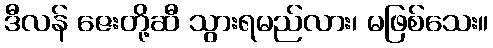
ဒီလန် ဇေးတို့ဆီ သွားရမည်လား၊ မဖြစ်သေး။